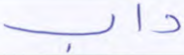
داب